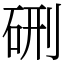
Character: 硎